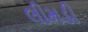
લીમડી